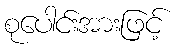
စုပေါင်းအားဖြင့်